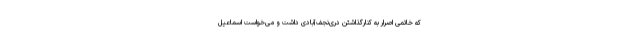
که خاتمی اصرار به کنارگذاشتن دری‌نجف‌آبادی داشت و می‌خواست اسماعیل